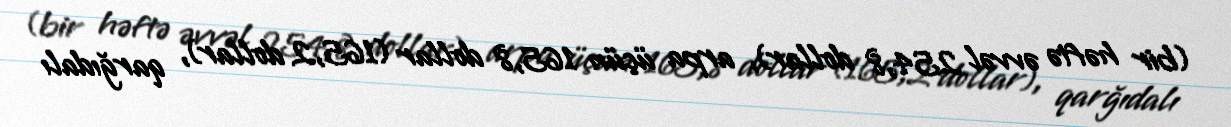
(bir həftə əvvəl 254,8 dollar), arpa üçün 165,8 dollar (165,2 dollar), qarğıdalı